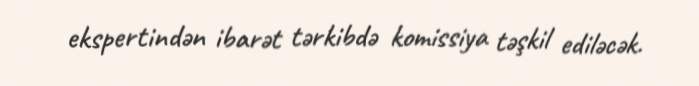
ekspertindən ibarət tərkibdə komissiya təşkil ediləcək.